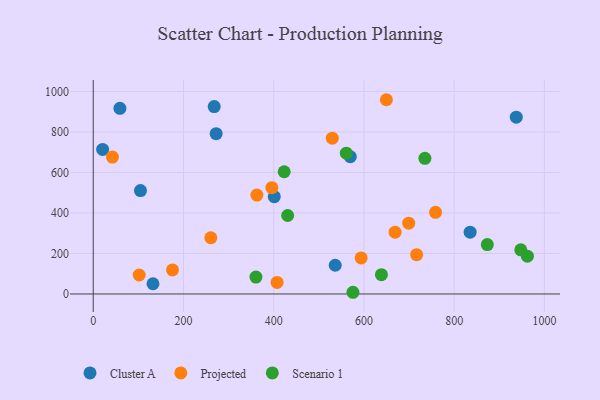
{"axis": {"x": "Investment", "y": "Demand"}, "legend": ["Cluster A", "Projected", "Scenario 1"], "data": [{"x": "104.7", "y": 510.7, "type": "Cluster A"}, {"x": "272.4", "y": 791.4, "type": "Cluster A"}, {"x": "536.3", "y": 141.9, "type": "Cluster A"}, {"x": "937.6", "y": 872.7, "type": "Cluster A"}, {"x": "835.3", "y": 305.3, "type": "Cluster A"}, {"x": "59.1", "y": 916.8, "type": "Cluster A"}, {"x": "401.2", "y": 480.6, "type": "Cluster A"}, {"x": "20.8", "y": 713.7, "type": "Cluster A"}, {"x": "268.1", "y": 925.2, "type": "Cluster A"}, {"x": "569.7", "y": 677.8, "type": "Cluster A"}, {"x": "132.4", "y": 50.6, "type": "Cluster A"}, {"x": "395.9", "y": 525.0, "type": "Projected"}, {"x": "101.9", "y": 93.8, "type": "Projected"}, {"x": "260.6", "y": 277.5, "type": "Projected"}, {"x": "699.2", "y": 349.5, "type": "Projected"}, {"x": "758.7", "y": 402.9, "type": "Projected"}, {"x": "649.7", "y": 959.1, "type": "Projected"}, {"x": "42.5", "y": 675.9, "type": "Projected"}, {"x": "529.8", "y": 769.4, "type": "Projected"}, {"x": "593.8", "y": 178.2, "type": "Projected"}, {"x": "175.6", "y": 118.8, "type": "Projected"}, {"x": "669.0", "y": 305.2, "type": "Projected"}, {"x": "362.7", "y": 488.2, "type": "Projected"}, {"x": "407.5", "y": 56.8, "type": "Projected"}, {"x": "716.7", "y": 193.9, "type": "Projected"}, {"x": "873.4", "y": 244.0, "type": "Scenario 1"}, {"x": "430.9", "y": 387.4, "type": "Scenario 1"}, {"x": "560.9", "y": 695.4, "type": "Scenario 1"}, {"x": "638.7", "y": 95.1, "type": "Scenario 1"}, {"x": "962.2", "y": 186.5, "type": "Scenario 1"}, {"x": "423.2", "y": 603.4, "type": "Scenario 1"}, {"x": "575.6", "y": 8.4, "type": "Scenario 1"}, {"x": "947.6", "y": 217.9, "type": "Scenario 1"}, {"x": "735.1", "y": 669.7, "type": "Scenario 1"}, {"x": "360.6", "y": 83.4, "type": "Scenario 1"}]}